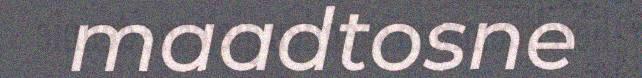
maadtosne